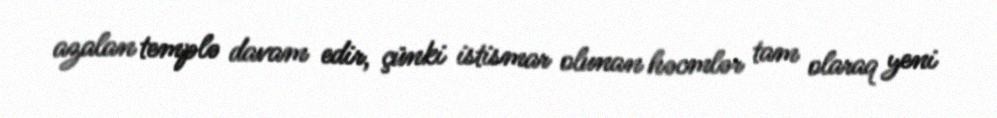
azalan templə davam edir, çünki istismar olunan həcmlər tam olaraq yeni